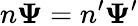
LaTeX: n\boldsymbol\Psi=n^{\prime}\boldsymbol\Psi^{\prime}